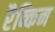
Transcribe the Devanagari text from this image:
रैब्किन